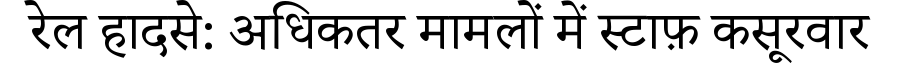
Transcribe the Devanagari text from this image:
रेल हादसे: अधिकतर मामलों में स्टाफ़ कसूरवार